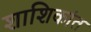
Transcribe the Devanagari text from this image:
शाशिकांत